Sexual cycle of Leucocytozoon canis in the tick - Number 28
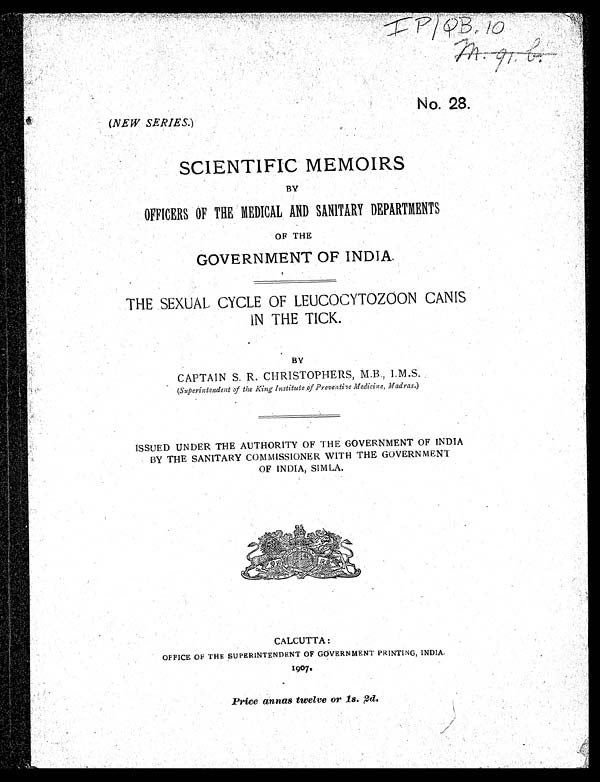
m.91.b.
No. 28.
(NEW SERIES.)
SCIENTIFIC MEMOIRS
BY
OFFICERS OF THE MEDICAL AND SANITARY DEPARTMENTS
OF THE
GOVERNMENT OF INDIA.
THE SEXUAL CYCLE OF LEUCOCYTOZOON CANIS
IN THE TICK.
BY
CAPTAIN S. R. CHRISTOPHERS, M.B., I.M.S..
(Superintendent of the King Institute of Preventive Medicine, Madras.)
ISSUED UNDER THE AUTHORITY OF THE GOVERNMENT OF INDIA
BY THE SANITARY COMMISSIONER WITH THE GOVERNMENT
OF INDIA, SIMLA.
CALCUTTA:
OFFICE OF THE SUPERINTENDENT OF GOVERNMENT PRINTING, INDIA.
1907
Price annas twelve or 1s. 2d.